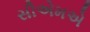
સીએમએ